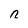
Character: n